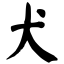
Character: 犬